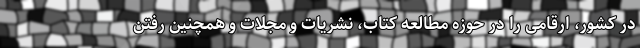
در کشور، ارقامی را در حوزه مطالعه کتاب، نشریات و مجلات و همچنین رفتن